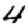
Digit: 4